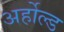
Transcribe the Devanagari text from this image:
अर्होल्ड